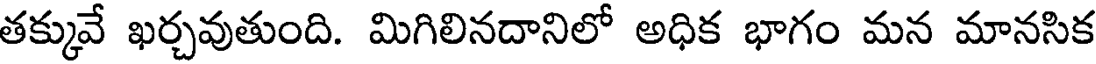
తక్కువే ఖర్చవుతుంది. మిగిలినదానిలో అధిక భాగం మన మానసిక